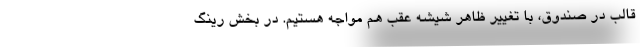
قالب درِ صندوق، با تغییر ظاهر شیشه عقب هم مواجه هستیم. در بخش رینگ